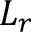
L _ { r }